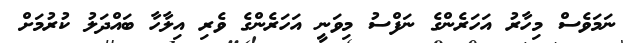
ނަމަވެސް މިހާރު އަހަރެންގެ ނަފްސު މިވަނީ އަހަރެންގެ ވެރި އިލާހާ ބައްދަލު ކުރުމަށް